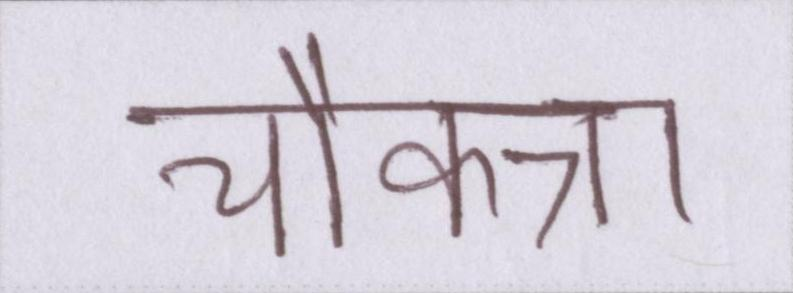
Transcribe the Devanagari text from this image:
चौकन्ना